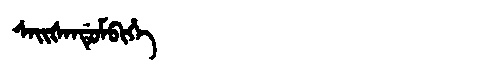
Manchu: ᠰᠠᡳᡧᠠᠨᡩᡠᠮᠪᡳᡥᡝ
Romanization: SAIŠANDUMBIHE